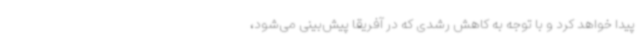
پیدا خواهد کرد و با توجه به کاهش رشدی که در آفریقا پیش‌بینی می‌شود،